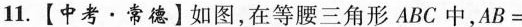
11.【中考·常德】如图，在等腰三角形ABC中，AB=